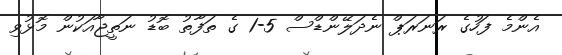
އެންމެ ފަހުގެ ރަނަރަޕް ނެދަލޭންޑްސް 5-1 ގެ ތަފާތު ބޮޑު ނަތީޖާއަކުން މޮޅުވި